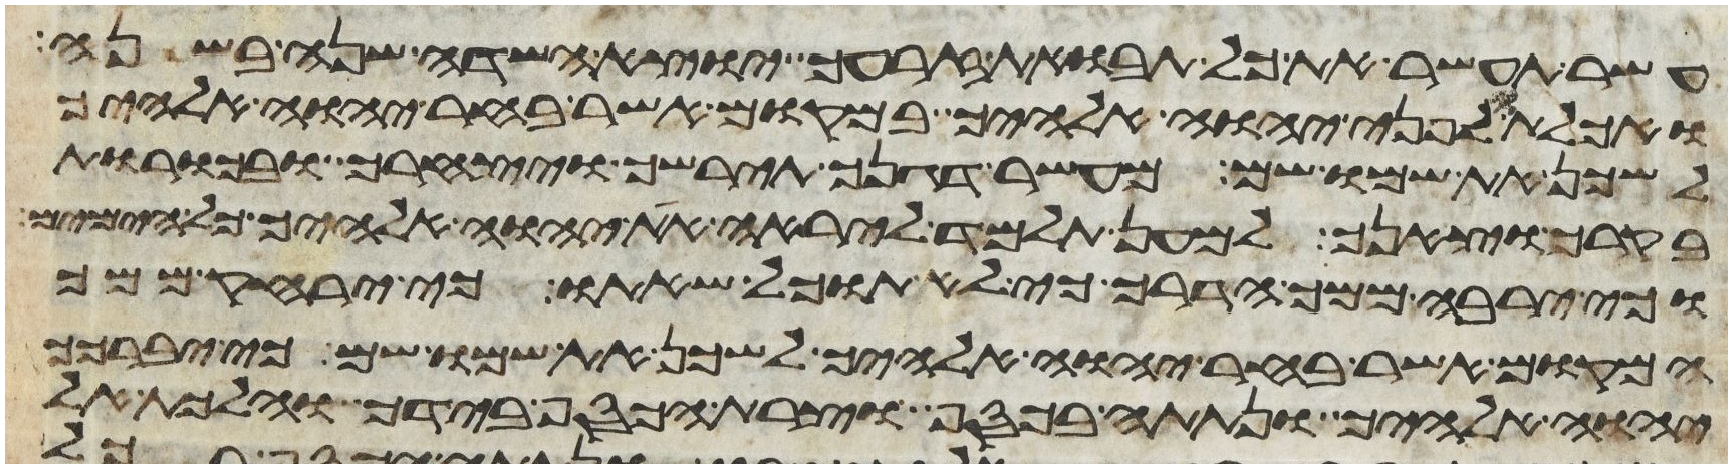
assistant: עשר תעשר את כל תבואת זרעך יוצא השדה שנה בשנה
ואכלתו לפני יהוה אלהיך במקום אשר בחר יהוה אלהיך
לשכן את שמו שם מעשר דגנך תירשך ויצהרך ובכורת
בקרך וצאנך למען תלמד ליראה את יהוה אלהיך כל הימים
וכי ירבה ממך הדרך כי לא תוכל שאתו כי ירחק ממך
המקום אשר בחר יהוה אלהיך לשכן את שמו שם כי יברכך
יהוה אלהיך ונתתה בכסף וצרת הכסף בידך והלכת אל